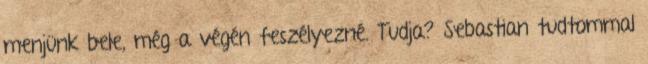
menjünk bele, még a végén feszélyezné. Tudja? Sebastian tudtommal